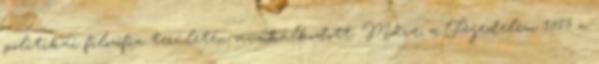
politikai filozófia területén munkálkodott. Műve, a Fejedelem 1513 a